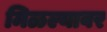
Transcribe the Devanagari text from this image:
मिळल्यावर